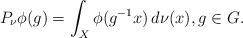
LaTeX: \begin{align*}P_\nu\phi(g) = \int_X \phi(g^{-1}x) \, d\nu(x), g \in G.\end{align*}